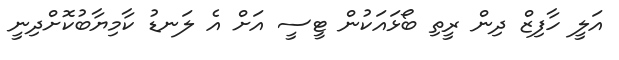
އަލީ ހާފިޒް ދިން ރީތި ބޯޅައަކުން ޓީސީ އަށް އެ ލަނޑު ކާމިޔާބުކޮށްދިނީ